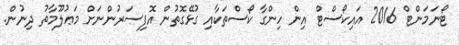
ޓޯނަމަންޓް 2016 އައިކޯސްޓް އިން ހިންގާ ކޯސްތަކާއި ގުޅޭގޮތުން އޮފިސަރުންނަށް މަޢުލޫމާތު ދިނުން.